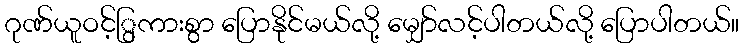
ဂုဏ်ယူဝင့်ြွကားစွာ ပြောနိုင်မယ်လို့ မျှော်လင့်ပါတယ်လို့ ပြောပါတယ်။